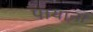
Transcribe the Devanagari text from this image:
पायाना